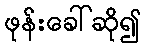
ဖုန်းခေါ်ဆို၍